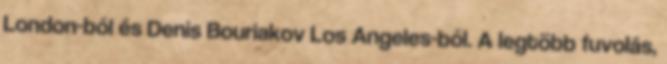
London-ból és Denis Bouriakov Los Angeles-ből. A legtöbb fuvolás,